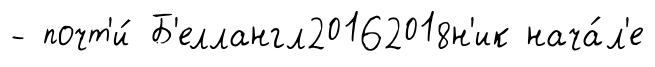
- почт'и́ Б'еллангл20162018н'ик нача́л'е